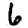
Digit: 6